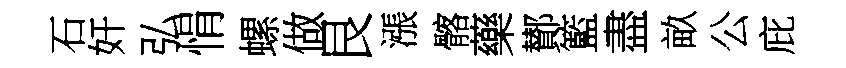
石奸弘悁螺做艮漲髂藥鄼籃盡畝公庇